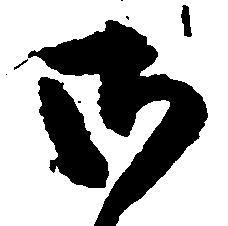
御